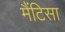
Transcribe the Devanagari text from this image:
मैंटिसा